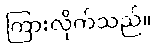
ကြားလိုက်သည်။